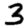
Digit: 3